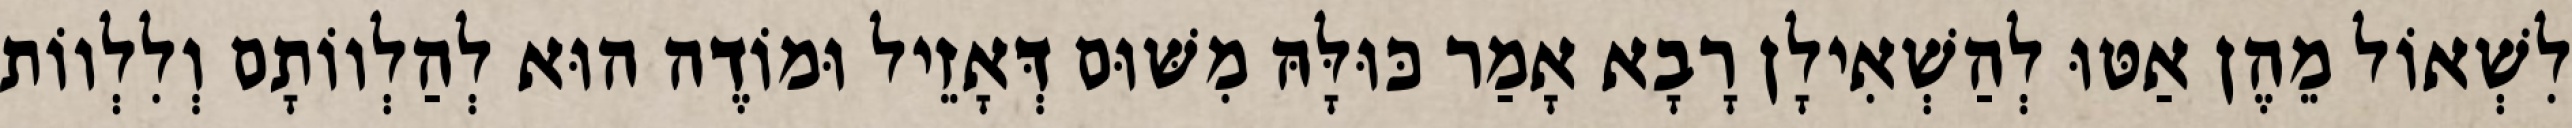
לִשְׁאוֹל מֵהֶן אַטּוּ לְהַשְׁאִילָן רָבָא אָמַר כּוּלָּהּ מִשּׁוּם דְּאָזֵיל וּמוֹדֶה הוּא לְהַלְווֹתָם וְלִלְווֹת